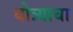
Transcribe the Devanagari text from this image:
धोत्र्याचा